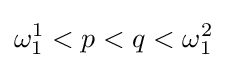
\omega _{1}^{1}<p<q<\omega _{1}^{2}